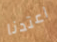
اعتدنا